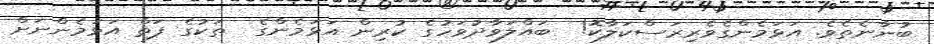
ބުނާނެތެވެ. އަޅަމެންގެވެރިރަސްކަލާކޮ!  ބައްލަވާދުވަހުގެ ކުރިން އަޅަމެންގެ  ތަކުގެ ފަތް އަޅަމެންނަށް